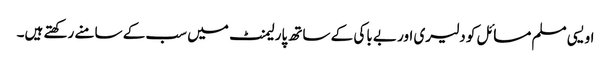
اویسی مسلم مسائل کو دلیری اور بے باکی کے ساتھ پارلیمنٹ میں سب کے سامنے رکھتے ہیں۔